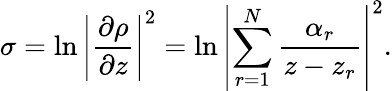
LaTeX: \sigma=\ln\left|{\frac{\partial\rho}{\partial z}}\right|^{2}=\ln\left|\sum_{r=1}^{N}{\frac{\alpha_{r}}{z-z_{r}}}\right|^{2}.